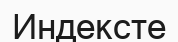
Индексте